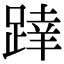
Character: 𨂧